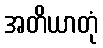
အတိယာတုံ